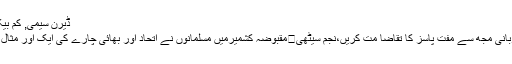
Tags: ڈیرن سیمی, کم بیک
مقبوضہ کشمیرمیں مسلمانوں نے اتحاد اور بھائی چارے کی ایک اور مثال قائم کردی	برائے مہربانی مجھ سے مفت پاسز کا تقاضا مت کریں،نجم سیٹھی